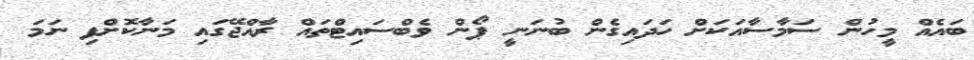
ބައެއް މީހުން ސަމާސާއަކަށް ހަދައިގެން ބުނަނީ ޕޯން ވެބްސައިޓްތައް ރާއްޖޭގައި މަނާކޮށްފި ނަމަ